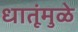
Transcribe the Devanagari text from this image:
धातूंमुळे